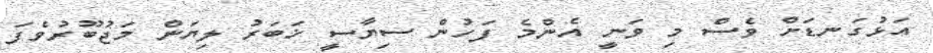
އަޅުގަނޑަށް ވެސް މި ވަނީ އެންމެ ފަހުން ސިޔާސީ ޚަބަރު ލިޔަން މަޖުބޫރުވެފަ